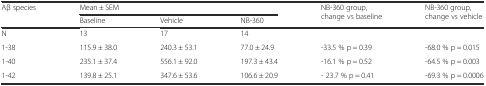
| <ROWSPAN=2> Aβ species | <COLSPAN=3> Mean ± SEM | <ROWSPAN=2> NB-360 group, change vs baseline | <ROWSPAN=2> NB-360 group, change vs vehicle |
 | Baseline | Vehicle | NB-360 |
 | --- | --- | --- | --- | --- | --- |
 | N | 13 | 17 | 14 |  |  |
 | 1-38 | 115.9 ± 38.0 | 240.3 ± 53.1 | 77.0 ± 24.9 | -33.5 % p = 0.39 | -68.0 % p = 0.015 |
 | 1-40 | 235.1 ± 37.4 | 556.1 ± 92.0 | 197.3 ± 43.4 | -16.1 % p = 0.52 | -64.5 % p = 0.003 |
 | 1-42 | 139.8 ± 25.1 | 347.6 ± 53.6 | 106.6 ± 20.9 | - 23.7 % p = 0.41 | -69.3 % p = 0.0006 |